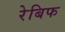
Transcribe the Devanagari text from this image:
रेबिफ